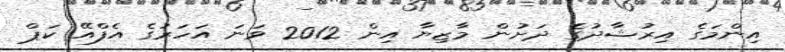
އިންމަގެ އިރުޝާދުގެ ދަށުން މާޒިޔާ އިން 2012 ވަނަ އަހަރުގެ އެފްއޭ ކަޕް